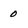
Character: 0